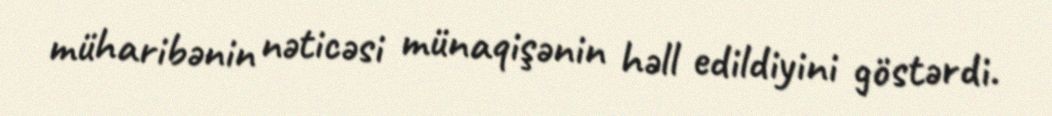
müharibənin nəticəsi münaqişənin həll edildiyini göstərdi.